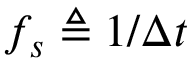
f _ { s } \triangleq 1 / \Delta t